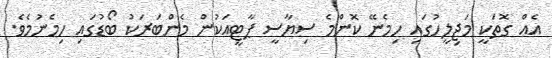
އެއް ގޮތަކީ މަޖިލީހުގައި ހިމެނޭ ކޮންމެ ސިޔާސީ ޕާޓީއަކުން މެންބަރަކު ބޯޑުގައި ހިމެނުމެވެ.